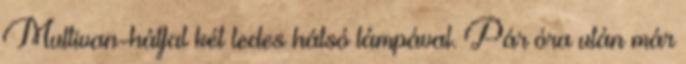
Multivan-hátfal két ledes hátsó lámpával. Pár óra után már